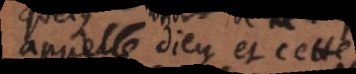
appelle Dieu et cette